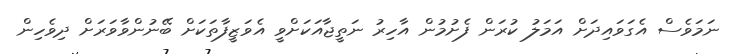
ނަމަވެސް އެގަވައިދަށް އަމަލު ކުރަން ފެށުމުން އާހިރު ނަތީޖާއަކަށްވީ އެވަޒީފާތަކަށް ބޭނުންވާވަރަށް ދިވެހިން